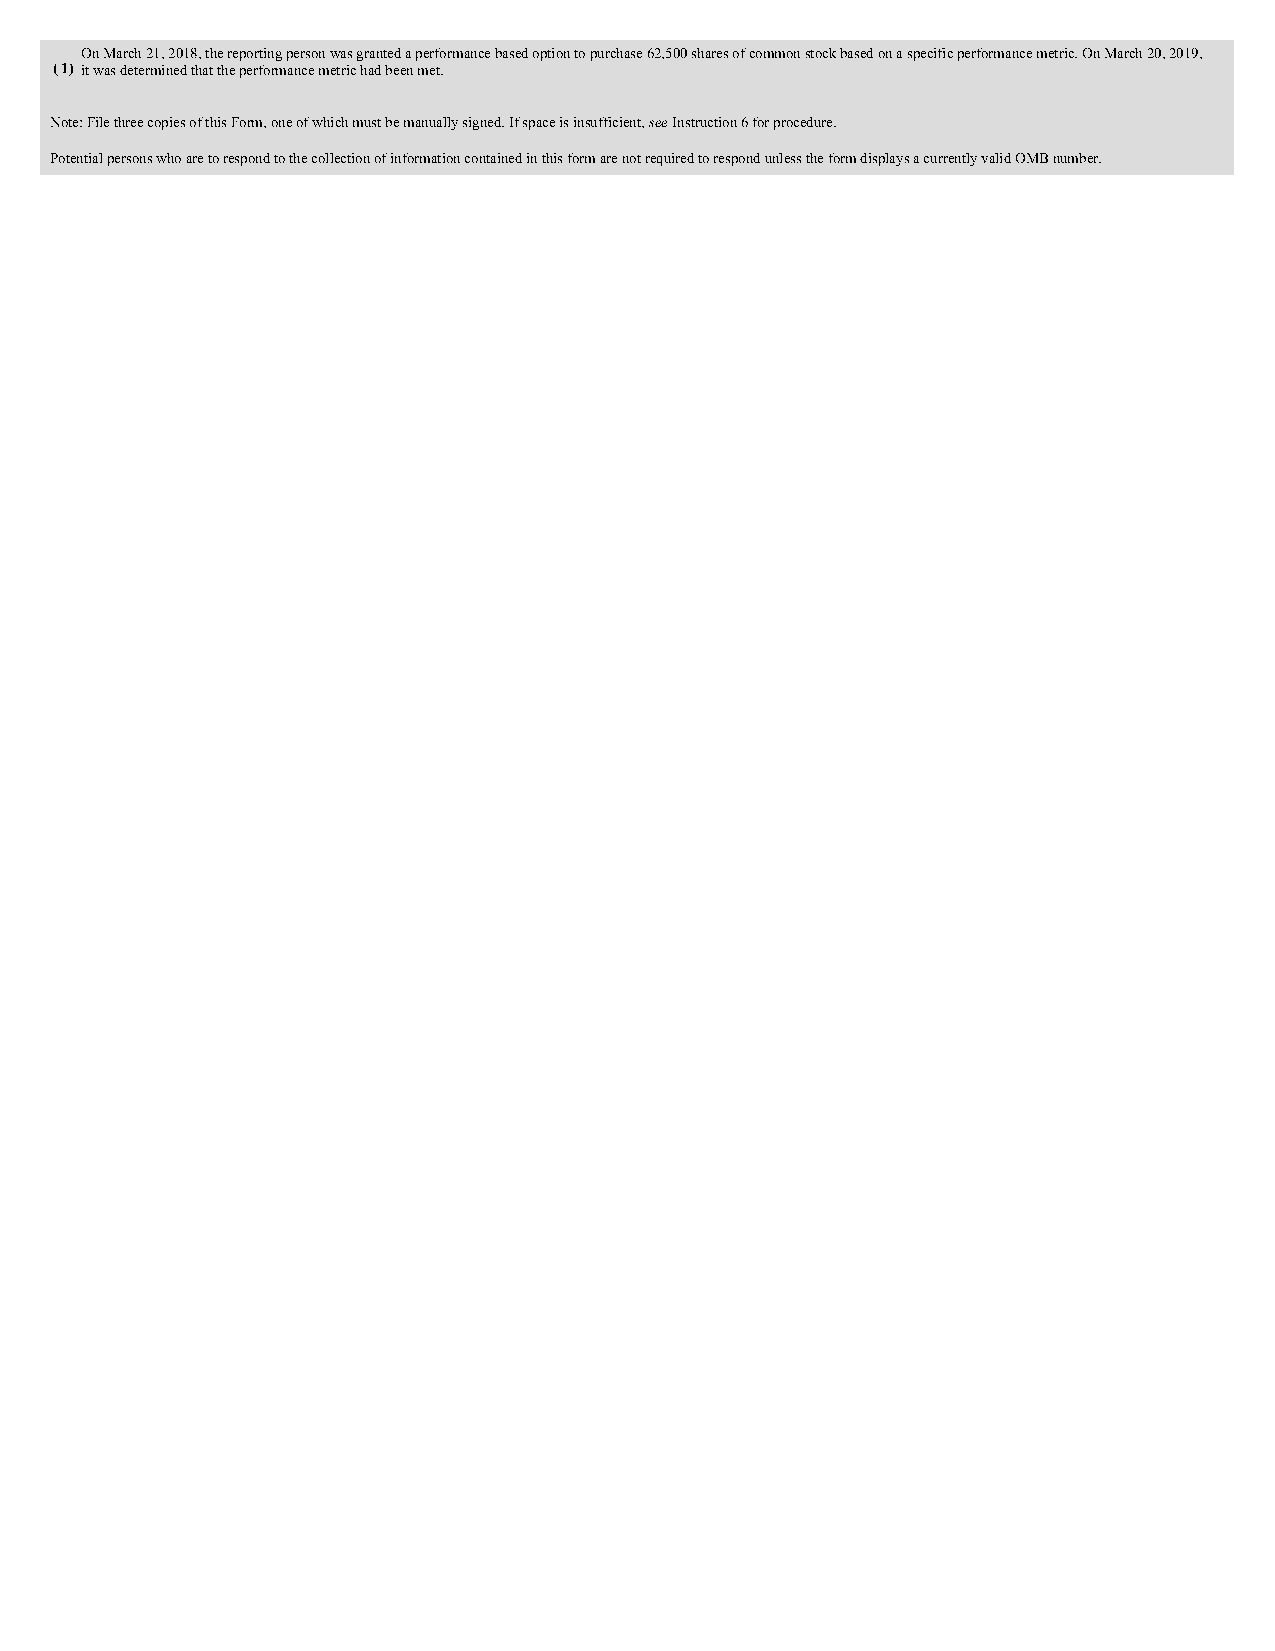
On March 21, 2018, the reporting person was granted a performance based option to purchase 62,500 shares of common stock based on a specific performance metric. On March 20, 2019,
 ( 1) it was determined that the performance metric had been met.
 Note: File three copies of this Form, one of which must be manually signed. If space is insufficient, see Instruction 6 for procedure.
 Potential persons who are to respond to the collection of information contained in this form are not required to respond unless the form displays a currently valid OMB number.